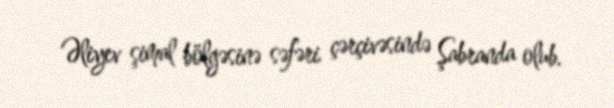
Əliyev şimal bölgəsinə səfəri çərçivəsində Şabranda olub.